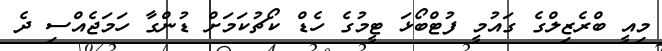
މިއީ ބްރެޒިލްގެ ގައުމީ ފުޓްބޯޅަ ޓީމުގެ ހެޑް ކޯޗުކަމަށް ޑުންގާ ހަމަޖެއްސި ދެ